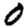
Digit: 0